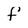
Character: f